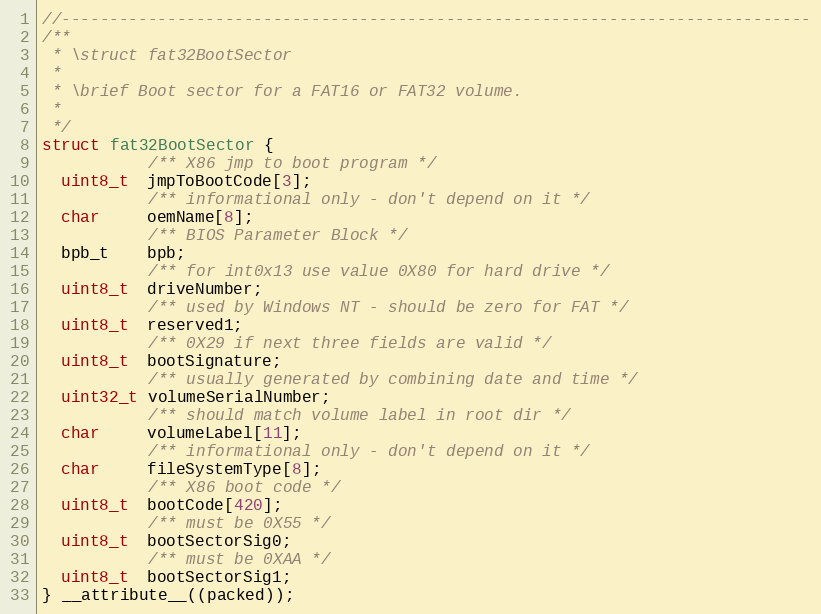
Language: C
//------------------------------------------------------------------------------
/**
 * \struct fat32BootSector
 *
 * \brief Boot sector for a FAT16 or FAT32 volume.
 *
 */
struct fat32BootSector {
           /** X86 jmp to boot program */
  uint8_t  jmpToBootCode[3];
           /** informational only - don't depend on it */
  char     oemName[8];
           /** BIOS Parameter Block */
  bpb_t    bpb;
           /** for int0x13 use value 0X80 for hard drive */
  uint8_t  driveNumber;
           /** used by Windows NT - should be zero for FAT */
  uint8_t  reserved1;
           /** 0X29 if next three fields are valid */
  uint8_t  bootSignature;
           /** usually generated by combining date and time */
  uint32_t volumeSerialNumber;
           /** should match volume label in root dir */
  char     volumeLabel[11];
           /** informational only - don't depend on it */
  char     fileSystemType[8];
           /** X86 boot code */
  uint8_t  bootCode[420];
           /** must be 0X55 */
  uint8_t  bootSectorSig0;
           /** must be 0XAA */
  uint8_t  bootSectorSig1;
} __attribute__((packed));